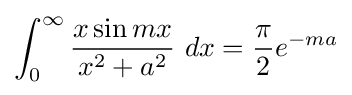
\int _{0}^{\infty }{\frac {x\sin mx}{x^{2}+a^{2}}}\ dx={\frac {\pi }{2}}e^{-ma}